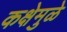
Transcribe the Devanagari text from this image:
कक्षेमुळे